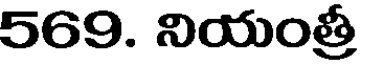
569. నియంత్రీ